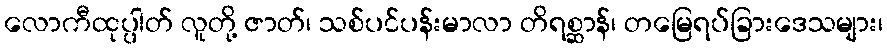
လောကီထုပ္ပါတ် လူတို့ ဇာတ်၊ သစ်ပင်ပန်းမာလာ တိရစ္ဆာန်၊ တမြေရပ်ခြားဒေသများ၊